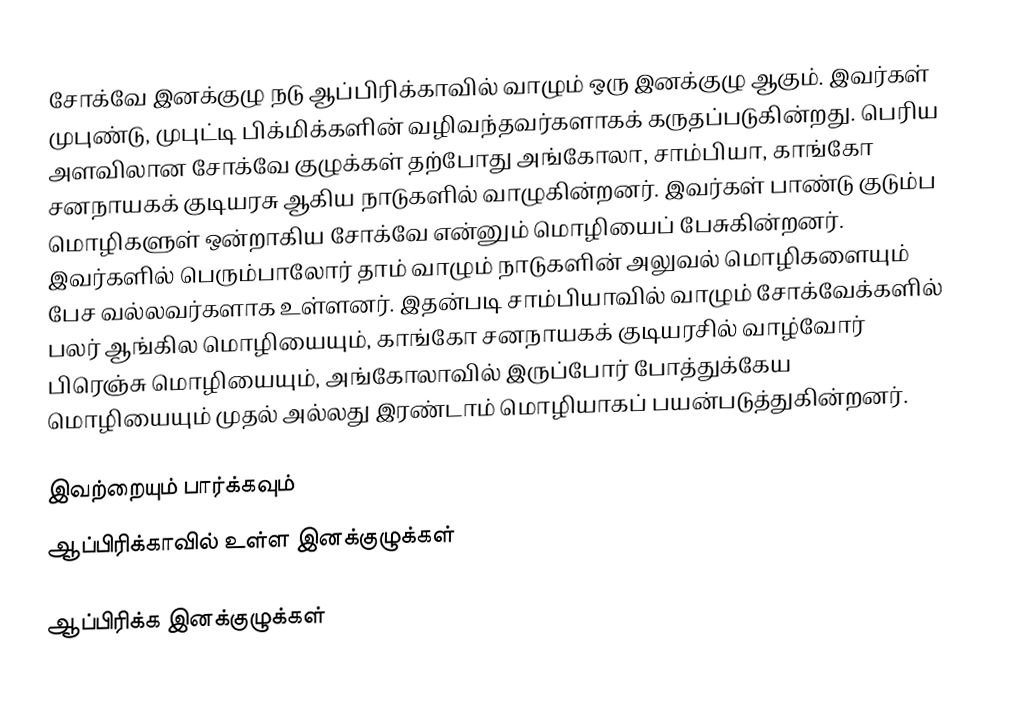
சோக்வே இனக்குழு நடு ஆப்பிரிக்காவில் வாழும் ஒரு இனக்குழு ஆகும். இவர்கள் முபுண்டு, முபுட்டி பிக்மிக்களின் வழிவந்தவர்களாகக் கருதப்படுகின்றது. பெரிய அளவிலான சோக்வே குழுக்கள் தற்போது அங்கோலா, சாம்பியா, காங்கோ சனநாயகக் குடியரசு ஆகிய நாடுகளில் வாழுகின்றனர். இவர்கள் பாண்டு குடும்ப மொழிகளுள் ஒன்றாகிய சோக்வே என்னும் மொழியைப் பேசுகின்றனர். இவர்களில் பெரும்பாலோர் தாம் வாழும் நாடுகளின் அலுவல் மொழிகளையும் பேச வல்லவர்களாக உள்ளனர். இதன்படி சாம்பியாவில் வாழும் சோக்வேக்களில் பலர் ஆங்கில மொழியையும், காங்கோ சனநாயகக் குடியரசில் வாழ்வோர் பிரெஞ்சு மொழியையும், அங்கோலாவில் இருப்போர் போத்துக்கேய மொழியையும் முதல் அல்லது இரண்டாம் மொழியாகப் பயன்படுத்துகின்றனர்.

இவற்றையும் பார்க்கவும்
 ஆப்பிரிக்காவில் உள்ள இனக்குழுக்கள்

ஆப்பிரிக்க இனக்குழுக்கள்